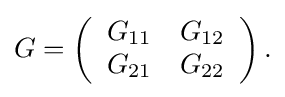
{\begin{aligned}G=\left({\begin{array}{cc}G_{11}&G_{12}\\G_{21}&G_{22}\end{array}}\right).\end{aligned}}